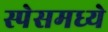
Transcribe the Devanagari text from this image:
स्पेसमध्ये